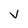
Character: v